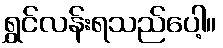
ရွှင်လန်းရသည်ပေါ့။